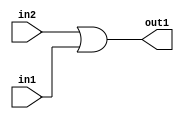
`timescale 1ps / 1ps
/*****************************************************************************
    Verilog RTL Description
    
    
    Created by: Stratus DpOpt 2019.1.01 
*******************************************************************************/

module DC_Filter_Or_1Ux1U_1U_4 (
	in2,
	in1,
	out1
	); /* architecture "behavioural" */ 
input  in2,
	in1;
output  out1;
wire  asc001;

assign asc001 = 
	(in2)
	|(in1);

assign out1 = asc001;
endmodule

/* CADENCE  urfwTA4= : u9/ySgnWtBlWxVPRXgAZ4Og= ** DO NOT EDIT THIS LINE ******/